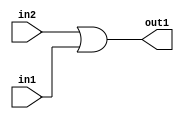
`timescale 1ps / 1ps
/*****************************************************************************
    Verilog RTL Description
    
    
    Created by: Stratus DpOpt 2019.1.01 
*******************************************************************************/

module DC_Filter_Or_1Ux1U_1U_4 (
	in2,
	in1,
	out1
	); /* architecture "behavioural" */ 
input  in2,
	in1;
output  out1;
wire  asc001;

assign asc001 = 
	(in2)
	|(in1);

assign out1 = asc001;
endmodule

/* CADENCE  urfwTA4= : u9/ySgnWtBlWxVPRXgAZ4Og= ** DO NOT EDIT THIS LINE ******/